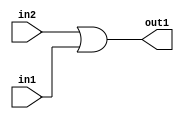
`timescale 1ps / 1ps
/*****************************************************************************
    Verilog RTL Description
    
    
    Created by: Stratus DpOpt 2019.1.01 
*******************************************************************************/

module DC_Filter_Or_1Ux1U_1U_4 (
	in2,
	in1,
	out1
	); /* architecture "behavioural" */ 
input  in2,
	in1;
output  out1;
wire  asc001;

assign asc001 = 
	(in2)
	|(in1);

assign out1 = asc001;
endmodule

/* CADENCE  urfwTA4= : u9/ySgnWtBlWxVPRXgAZ4Og= ** DO NOT EDIT THIS LINE ******/